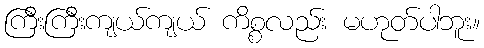
ကြီးကြီးကျယ်ကျယ် ကိစ္စလည်း မဟုတ်ပါဘူး။